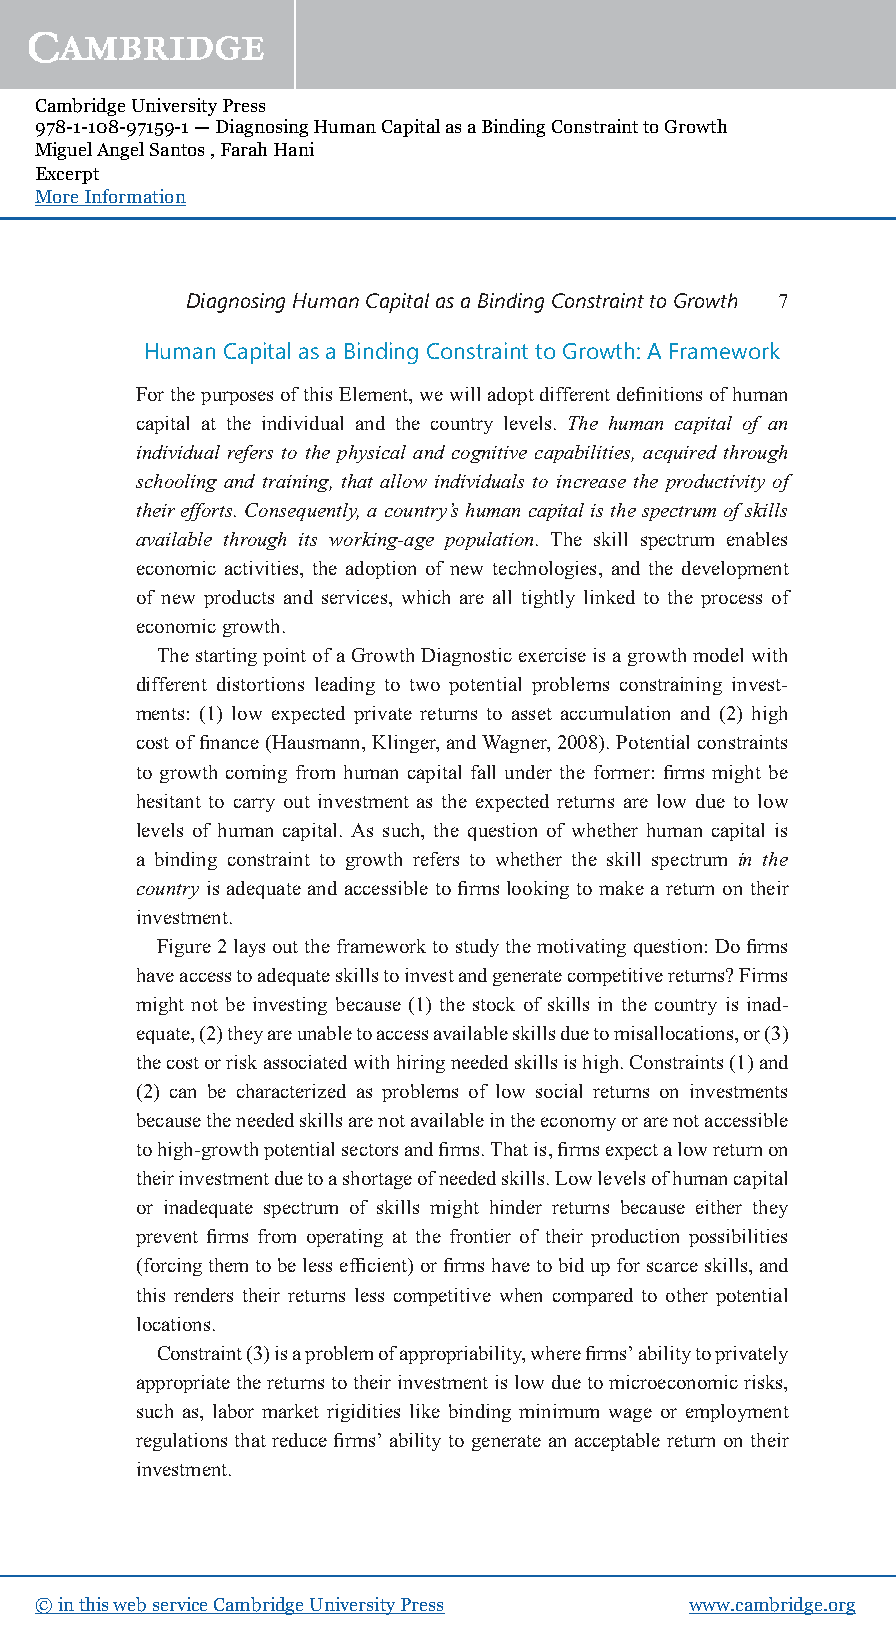
Cambridge University Press
 978-1-108-97159-1 — Diagnosing Human Capital as a Binding Constraint to Growth
 Miguel Angel Santos , Farah Hani
 Excerpt
 More Information
 DiagnosingHumanCapitalasaBindingConstrainttoGrowth 7
 HumanCapitalasaBindingConstrainttoGrowth:AFramework
 ForthepurposesofthisElement,wewilladoptdifferentdefinitionsofhuman
 capital at the individual and the country levels. The human capital of an
 individual refers to the physical and cognitive capabilities, acquired through
 schooling and training, that allow individuals to increase the productivity of
 theirefforts.Consequently,acountry’shumancapitalisthespectrumofskills
 available through its working-age population. The skill spectrum enables
 economic activities, the adoption of new technologies, and the development
 of new products and services, which are all tightly linked to the process of
 economicgrowth.
 ThestartingpointofaGrowthDiagnosticexerciseisagrowthmodelwith
 different distortions leading to two potential problems constraining invest-
 ments: (1) low expected private returns to asset accumulation and (2) high
 costoffinance(Hausmann,Klinger,andWagner,2008).Potentialconstraints
 to growth coming from human capital fall under the former: firms might be
 hesitant to carry out investment as the expected returns are low due to low
 levels of human capital. As such, the question of whether human capital is
 a binding constraint to growth refers to whether the skill spectrum in the
 country is adequate and accessible to firms looking to make a return on their
 investment.
 Figure2laysouttheframeworktostudythemotivatingquestion:Dofirms
 haveaccesstoadequateskillstoinvestandgeneratecompetitivereturns?Firms
 might not be investing because (1) the stock of skills in the country is inad-
 equate,(2)theyareunabletoaccessavailableskillsduetomisallocations,or(3)
 thecostorriskassociatedwithhiringneededskillsishigh.Constraints(1)and
 (2) can be characterized as problems of low social returns on investments
 becausetheneededskillsarenotavailableintheeconomyorarenotaccessible
 tohigh-growthpotentialsectorsandfirms.Thatis,firmsexpectalowreturnon
 theirinvestmentduetoashortageofneededskills.Lowlevelsofhumancapital
 or inadequate spectrum of skills might hinder returns because either they
 prevent firms from operating at the frontier of their production possibilities
 (forcingthemtobelessefficient)orfirmshavetobidupforscarceskills,and
 this renders their returns less competitive when compared to other potential
 locations.
 Constraint(3)isaproblemofappropriability,wherefirms’abilitytoprivately
 appropriatethereturnstotheirinvestmentislowduetomicroeconomicrisks,
 such as, labor market rigidities like binding minimum wage or employment
 regulations that reduce firms’ ability to generate an acceptable return on their
 investment.
 © in this web service Cambridge University Press www.cambridge.org